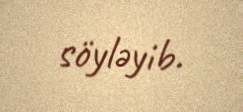
söyləyib.